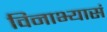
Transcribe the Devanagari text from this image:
विनाभ्यासं